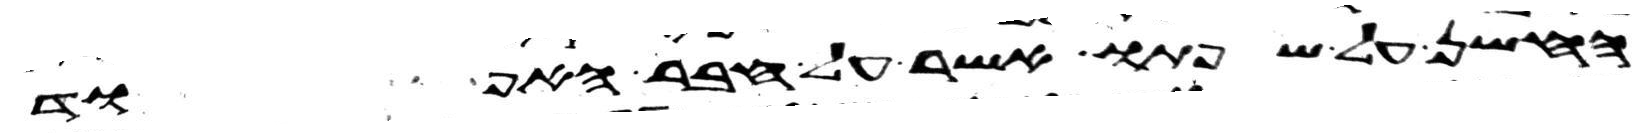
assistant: החשן על שפתו אשר על חבר האפוד